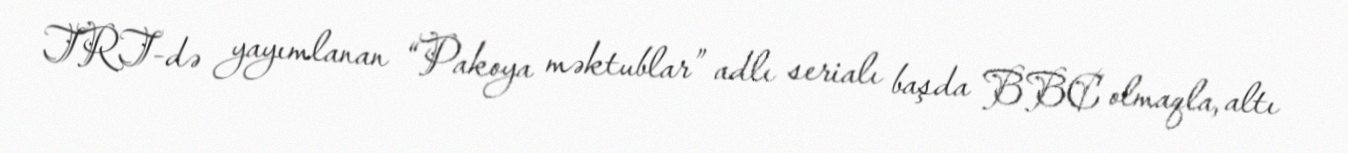
TRT-də yayımlanan “Pakoya məktublar” adlı serialı başda BBC olmaqla, altı